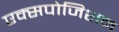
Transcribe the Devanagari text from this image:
एक्सपोजिशन